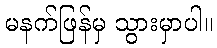
မနက်ဖြန်မှ သွားမှာပါ။